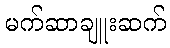
မက်ဆာချူးဆက်